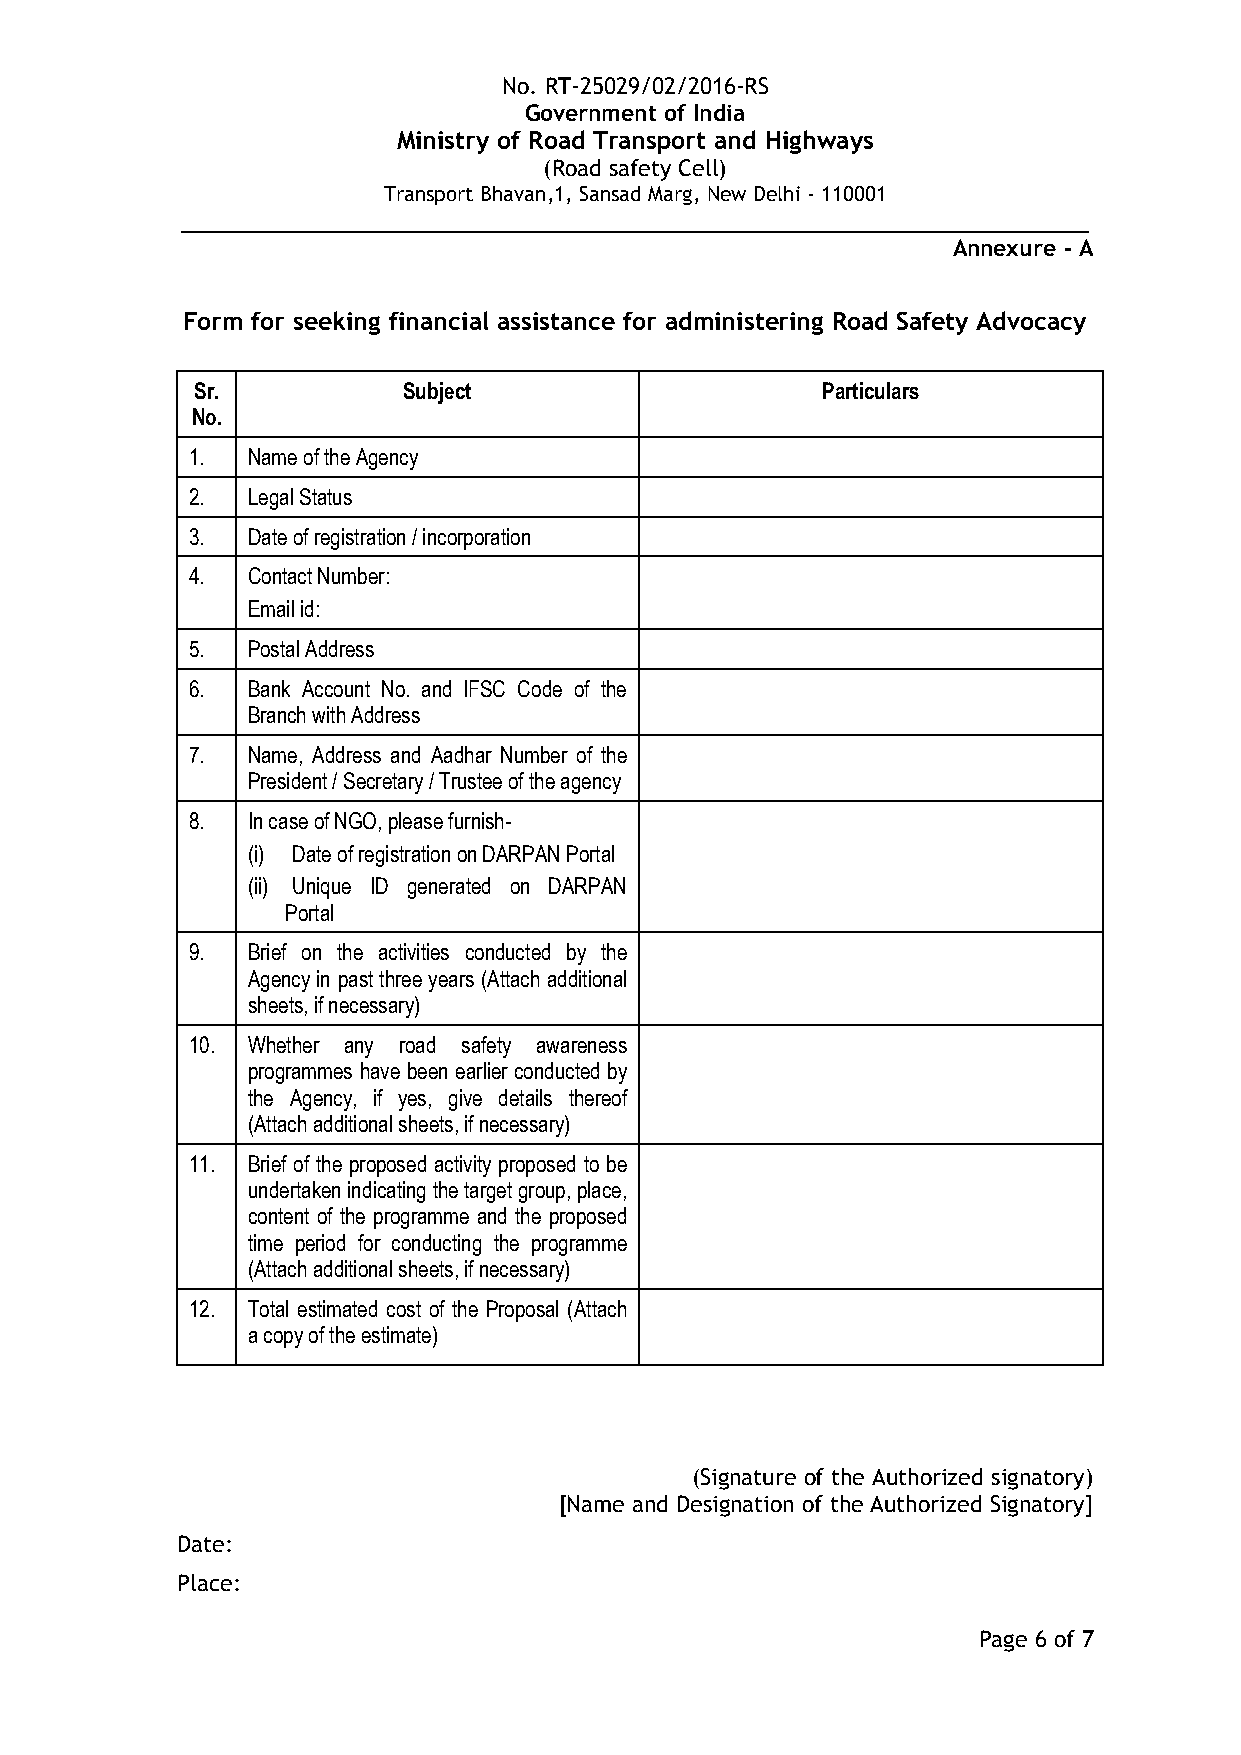
No. RT-25029/02/2016-RS
 Government of India
 Ministry of Road Transport and Highways
 (Road safety Cell)
 Transport Bhavan,1, Sansad Marg, New Delhi - 110001
 __________________________________________________________
 Annexure - A
 Form for seeking financial assistance for administering Road Safety Advocacy
 Sr.           Subject                    Particulars
 No.
 1.  Name of the Agency
 2.  Legal Status
 3.  Date of registration / incorporation
 4.  Contact Number:
 Email id:
 5.  Postal Address
 6.  Bank Account No. and IFSC Code of the
 Branch with Address
 7.  Name, Address and Aadhar Number of the
 President / Secretary / Trustee of the agency
 8.  In case of NGO, please furnish-
 (i) Date of registration on DARPAN Portal
 (ii) Unique ID generated on DARPAN
 Portal
 9.  Brief on the activities conducted by the
 Agency in past three years (Attach additional
 sheets, if necessary)
 10. Whether any road safety awareness
 programmes have been earlier conducted by
 the Agency, if yes, give details thereof
 (Attach additional sheets, if necessary)
 11. Brief of the proposed activity proposed to be
 undertaken indicating the target group, place,
 content of the programme and the proposed
 time period for conducting the programme
 (Attach additional sheets, if necessary)
 12. Total estimated cost of the Proposal (Attach
 a copy of the estimate)
 (Signature of the Authorized signatory)
 [Name and Designation of the Authorized Signatory]
 Date:
 Place:
 Page 6 of 7